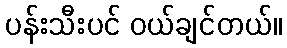
ပန်းသီးပင် ဝယ်ချင်တယ်။